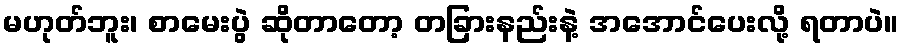
မဟုတ်ဘူး၊ စာမေးပွဲ ဆိုတာတော့ တခြားနည်းနဲ့ အအောင်ပေးလို့ ရတာပဲ။